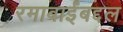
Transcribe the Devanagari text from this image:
रमाबाईंबद्दल